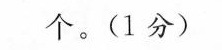
个。(1分)